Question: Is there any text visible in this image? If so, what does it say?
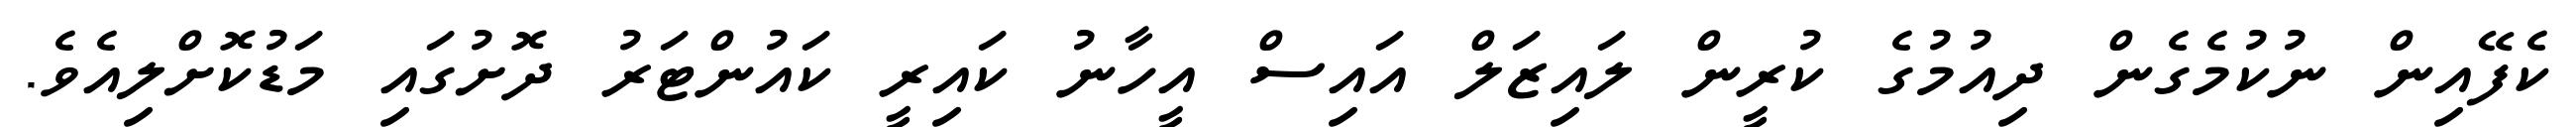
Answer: ކެފޭއިން ނުކުމެގެން ދިއުމުގެ ކުރީން ލައިޒަލް އައިސް އީހާނު ކައިރީ ކައުންޓަރު ދޮށުގައި މަޑުކޮށްލިއެވެ.